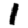
Digit: 1